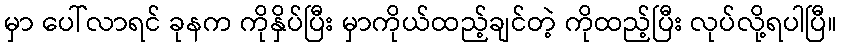
မှာ ပေါ်လာရင် ခုနက ကိုနှိပ်ပြီး မှာကိုယ်ထည့်ချင်တဲ့ ကိုထည့်ပြီး လုပ်လို့ရပါပြီ။